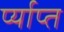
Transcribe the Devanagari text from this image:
र्प्याप्त